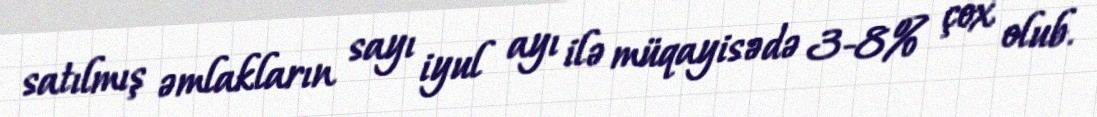
satılmış əmlakların sayı iyul ayı ilə müqayisədə 3-8% çox olub.